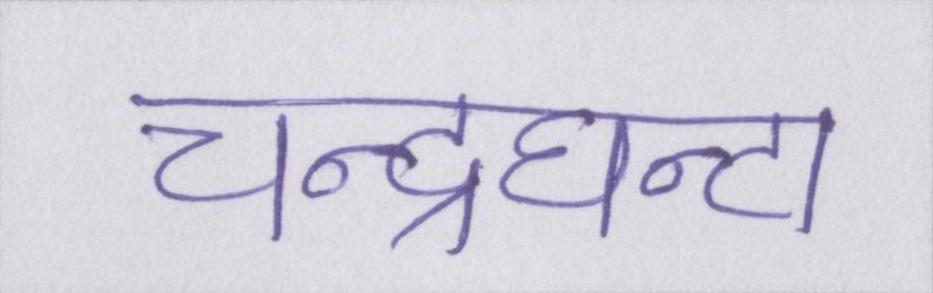
चन्द्रघन्टा